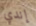
إندي